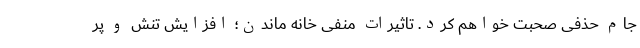
جام حذفی صحبت خواهم کرد. تاثیرات منفی خانه ماندن؛ افزایش تنش و پر